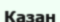
Казан